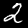
Digit: 2